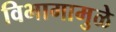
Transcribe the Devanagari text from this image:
विभागामुळे